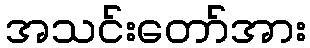
အသင်းတော်အား